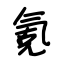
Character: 氪